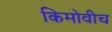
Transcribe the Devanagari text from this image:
किमोवीच